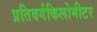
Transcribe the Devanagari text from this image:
प्रतिवर्गकिलोमीटर